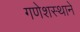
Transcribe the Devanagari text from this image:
गणेशस्थाने